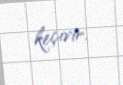
keçirir.